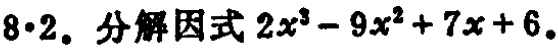
$8\cdot2.\ 分解因式\ 2x^{3}-9x^{2}+7x + 6.$